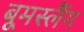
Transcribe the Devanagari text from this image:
बूमस्लैंग